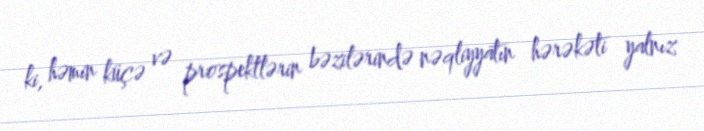
ki, həmin küçə və prospektlərin bəzilərində nəqliyyatın hərəkəti yalnız